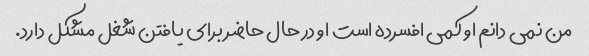
من نمی دانم او کمی افسرده است او در حال حاضر برای یافتن شغل مشکل دارد.